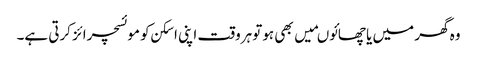
وہ گھر میں یا چھائوںمیں بھی ہوتو ہروقت اپنی اسکن کو موئسچرائز کرتی ہے۔